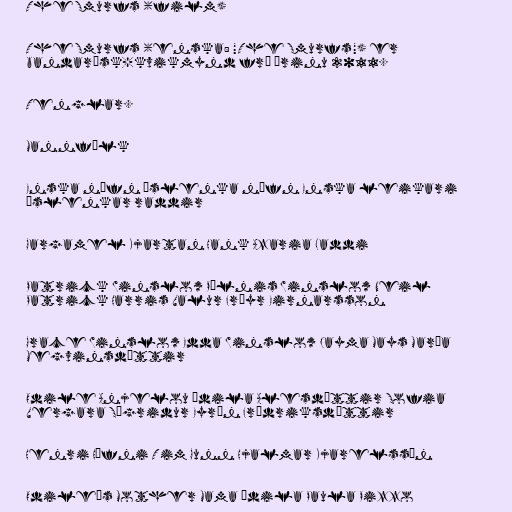
The Smurfs (film)

The Smurfs (enska: "The Smurfs") er
bandarísk-kvikmynd frá árinu 2011.

Tenglar.

Mannfólk

Enska nöfn Íslenka nöfn Enska leikari
Íslenkar raddir

Gargamel Kjartan Hank Azaria Laddi

Patrick Winslow Pílnis Winslow Neil
Patrick Harris Valur Fréyr Eirnarsson

Grace Winslow Edda Winslow Jayma Mays María
Megvinsdóttir

Odile Anjelou Ódila Alesdóttir Sofia
Vergara Sígridur Eyrún Frídriksdóttir

Henri Háfni Tim Gunn Hjalmar Kjarelssón

Odile's Mother Mama Ódila Paula Pizzo